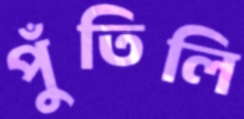
পুঁতিলি